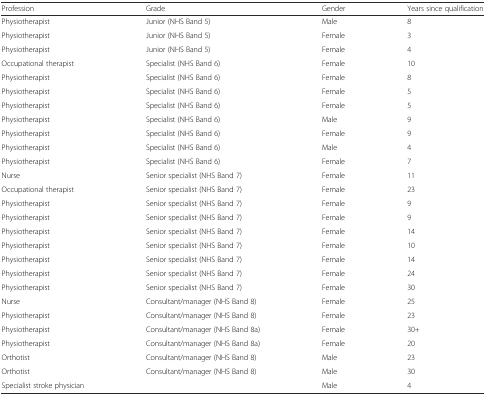
<table><thead><tr><td><b>Profession</b></td><td><b>Grade</b></td><td><b>Gender</b></td><td><b>Years since qualification</b></td></tr></thead><tbody><tr><td>Physiotherapist</td><td>Junior (NHS Band 5)</td><td>Male</td><td>8</td></tr><tr><td>Physiotherapist</td><td>Junior (NHS Band 5)</td><td>Female</td><td>3</td></tr><tr><td>Physiotherapist</td><td>Junior (NHS Band 5)</td><td>Female</td><td>4</td></tr><tr><td>Occupational therapist</td><td>Specialist (NHS Band 6)</td><td>Female</td><td>10</td></tr><tr><td>Physiotherapist</td><td>Specialist (NHS Band 6)</td><td>Female</td><td>8</td></tr><tr><td>Physiotherapist</td><td>Specialist (NHS Band 6)</td><td>Female</td><td>5</td></tr><tr><td>Physiotherapist</td><td>Specialist (NHS Band 6)</td><td>Female</td><td>5</td></tr><tr><td>Physiotherapist</td><td>Specialist (NHS Band 6)</td><td>Male</td><td>9</td></tr><tr><td>Physiotherapist</td><td>Specialist (NHS Band 6)</td><td>Female</td><td>9</td></tr><tr><td>Physiotherapist</td><td>Specialist (NHS Band 6)</td><td>Male</td><td>4</td></tr><tr><td>Physiotherapist</td><td>Specialist (NHS Band 6)</td><td>Female</td><td>7</td></tr><tr><td>Nurse</td><td>Senior specialist (NHS Band 7)</td><td>Female</td><td>11</td></tr><tr><td>Occupational therapist</td><td>Senior specialist (NHS Band 7)</td><td>Female</td><td>23</td></tr><tr><td>Physiotherapist</td><td>Senior specialist (NHS Band 7)</td><td>Female</td><td>9</td></tr><tr><td>Physiotherapist</td><td>Senior specialist (NHS Band 7)</td><td>Female</td><td>9</td></tr><tr><td>Physiotherapist</td><td>Senior specialist (NHS Band 7)</td><td>Female</td><td>14</td></tr><tr><td>Physiotherapist</td><td>Senior specialist (NHS Band 7)</td><td>Female</td><td>10</td></tr><tr><td>Physiotherapist</td><td>Senior specialist (NHS Band 7)</td><td>Female</td><td>14</td></tr><tr><td>Physiotherapist</td><td>Senior specialist (NHS Band 7)</td><td>Female</td><td>24</td></tr><tr><td>Physiotherapist</td><td>Senior specialist (NHS Band 7)</td><td>Female</td><td>30</td></tr><tr><td>Nurse</td><td>Consultant/manager (NHS Band 8)</td><td>Female</td><td>25</td></tr><tr><td>Physiotherapist</td><td>Consultant/manager (NHS Band 8)</td><td>Female</td><td>23</td></tr><tr><td>Physiotherapist</td><td>Consultant/manager (NHS Band 8a)</td><td>Female</td><td>30+</td></tr><tr><td>Physiotherapist</td><td>Consultant/manager (NHS Band 8a)</td><td>Female</td><td>20</td></tr><tr><td>Orthotist</td><td>Consultant/manager (NHS Band 8)</td><td>Male</td><td>23</td></tr><tr><td>Orthotist</td><td>Consultant/manager (NHS Band 8)</td><td>Male</td><td>30</td></tr><tr><td>Specialist stroke physician</td><td></td><td>Male</td><td>4</td></tr></tbody></table>